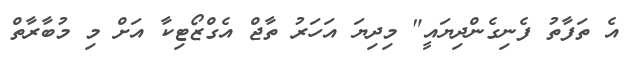
އެ ތަފާތު ފެނިގެންދިޔައީ" މިދިޔަ އަހަރު ތާޖް އެގްޒޯޓިކާ އަށް މި މުބާރާތް